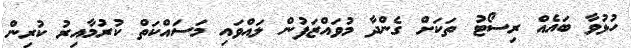
ހުޅުވާ ބައެއް ރިސޯޓު ތަކަށް ގެންދާ މުވައްޒަފުން ލައްވައި މަސައްކަތް ކުރުމާއިރު ކުރިން